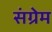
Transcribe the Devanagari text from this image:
संग्रेम